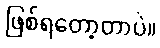
ဖြစ်ရတော့တာပဲ။